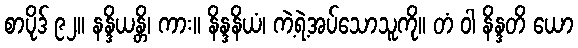
စာပိုဒ် ၉၂။ နန္ဒိယန္တိ၊ ကား။ နိန္ဒနိယံ၊ ကဲ့ရဲ့အပ်သောသူကို။ တံ ဝါ နိန္ဒတိ ယော